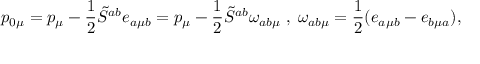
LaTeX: p _ { 0 \mu } = p _ { \mu } - \frac { 1 } { 2 } \tilde { S } ^ { a b } e _ { a \mu b } = p _ { \mu } - \frac { 1 } { 2 } \tilde { S } ^ { a b } \omega _ { a b \mu } \; , \; \omega _ { a b \mu } = \frac { 1 } { 2 } ( e _ { a \mu b } - e _ { b \mu a } ) ,